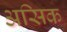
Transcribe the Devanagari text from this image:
असिक